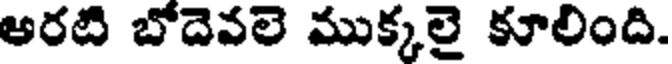
అరటి బోదెవలె ముక్కలై కూలింది.